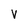
Character: V